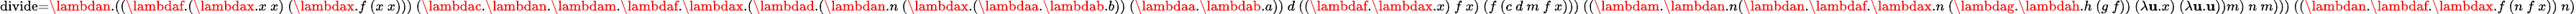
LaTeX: \scriptstyle\operatorname{divide}=\lambdan.((\lambdaf.(\lambdax.x\ x)\ (\lambdax.f\ (x\ x)))\ (\lambdac.\lambdan.\lambdam.\lambdaf.\lambdax.(\lambdad.(\lambdan.n\ (\lambdax.(\lambdaa.\lambdab.b))\ (\lambdaa.\lambdab.a))\ d\ ((\lambdaf.\lambdax.x)\ f\ x)\ (f\ (c\ d\ m\ f\ x)))\ ((\lambdam.\lambdan.n(\lambdan.\lambdaf.\lambdax.n\ (\lambdag.\lambdah.h\ (g\ f))\ (\lambda\mathbf{u}.x)\ (\lambda\mathbf{u}.\mathbf{u}))m)\ n\ m)))\ ((\lambdan.\lambdaf.\lambdax.f\ (n\ f\ x))\ n)